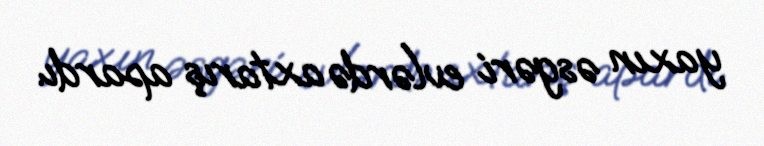
yaxın əsgəri evlərdə axtarış apardı.